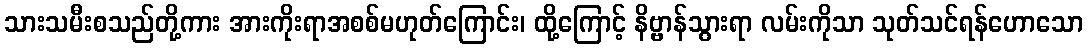
သားသမီးစသည်တို့ကား အားကိုးရာအစစ်မဟုတ်ကြောင်း၊ ထို့ကြောင့် နိဗ္ဗာန်သွားရာ လမ်းကိုသာ သုတ်သင်ရန်ဟောသော